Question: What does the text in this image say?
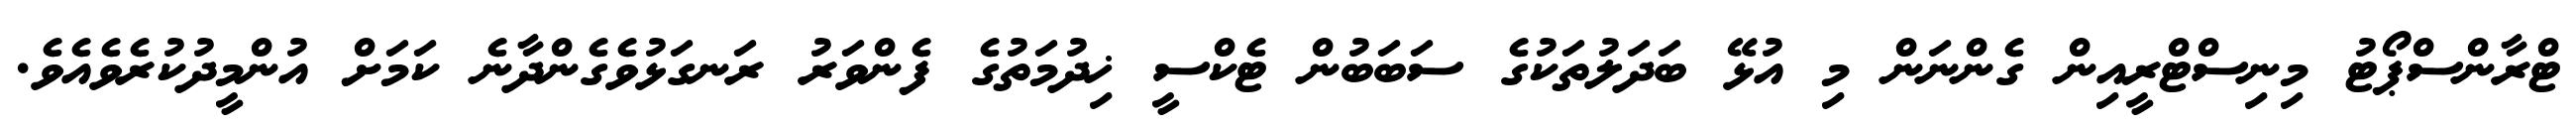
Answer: ޓްރާންސްޕޯޓު މިނިސްޓްރީއިން ގެންނަން މި އުޅޭ ބަދަލުތަކުގެ ސަބަބުން ޓެކްސީ ޚިދުމަތުގެ ފެންވަރު ރަނގަޅުވެގެންދާނެ ކަމަށް އުންމީދުކުރެވެއެވެ.